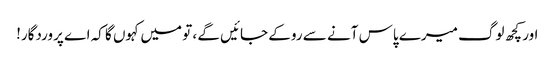
اور کچھ لوگ میرے پاس آنے سے روکے جائیں گے ، تو میں کہوں گا کہ اے پروردگار!